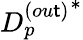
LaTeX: {D_{p}^{(ou\mathsf{t})}}^{*}